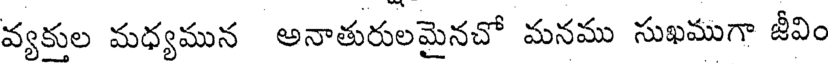
వ్యకుల మధ్యమున అనాతురులమైనచో మనము సుఖముగా జీవిం